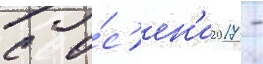
с о́с'ен'и 2017 -